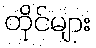
တိုင်များ